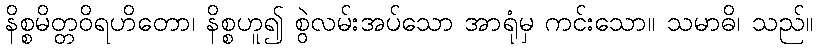
နိစ္စမိတ္တဝိရဟိတော၊ နိစ္စဟူ၍ စွဲလမ်းအပ်သော အာရုံမှ ကင်းသော။ သမာဓိ၊ သည်။